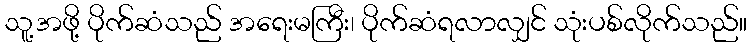
သူ့အဖို့ ပိုက်ဆံသည် အရေးမကြီး၊ ပိုက်ဆံရလာလျှင် သုံးပစ်လိုက်သည်။